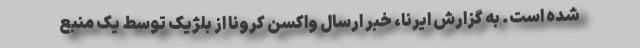
شده است. به گزارش ایرنا، خبر ارسال واکسن کرونا از بلژیک توسط یک منبع